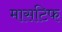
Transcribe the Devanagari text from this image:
मासटिफ